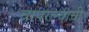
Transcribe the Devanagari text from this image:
वापरल्याची